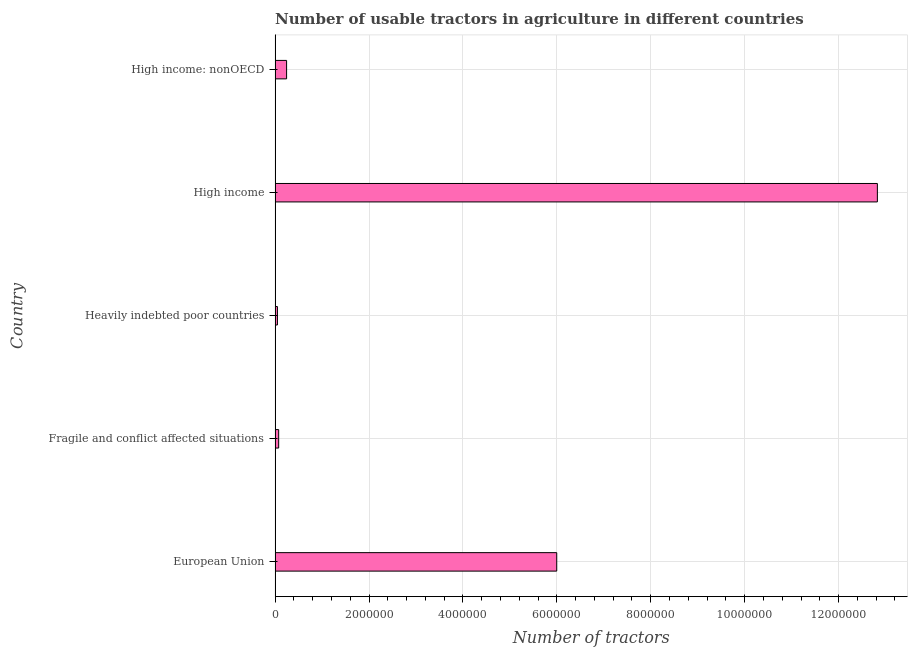
| Country | Agricultural machinery |
 | --- | --- |
 | European Union | 6e+06 |
 | Fragile and conflict affected situations | 7.65e+04 |
 | Heavily indebted poor countries | 5.03e+04 |
 | High income | 1.28e+07 |
 | High income: nonOECD | 2.45e+05 |